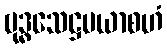
ဗုဒ္ဓသေဋ္ဌမယာစဟံ